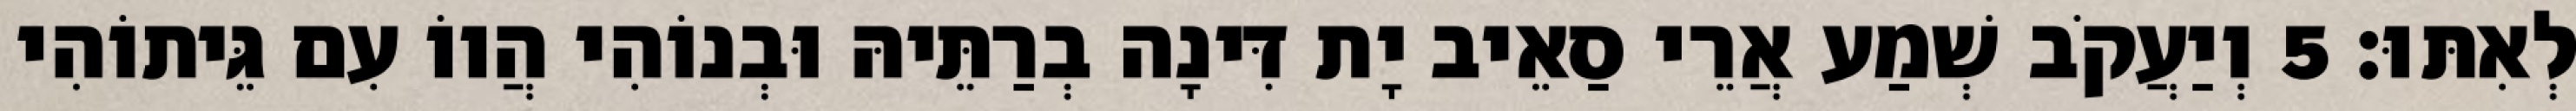
לְאִתּוּ׃ 5 וְיַעֲקֹב שְׁמַע אֲרֵי סַאֵיב יָת דִּינָה בְרַתֵּיהּ וּבְנוֹהִי הֲווֹ עִם גֵּיתוֹהִי